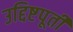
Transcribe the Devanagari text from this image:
उद्दिष्टपूर्ती